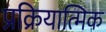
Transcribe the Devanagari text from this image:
प्रक्रियात्मिक